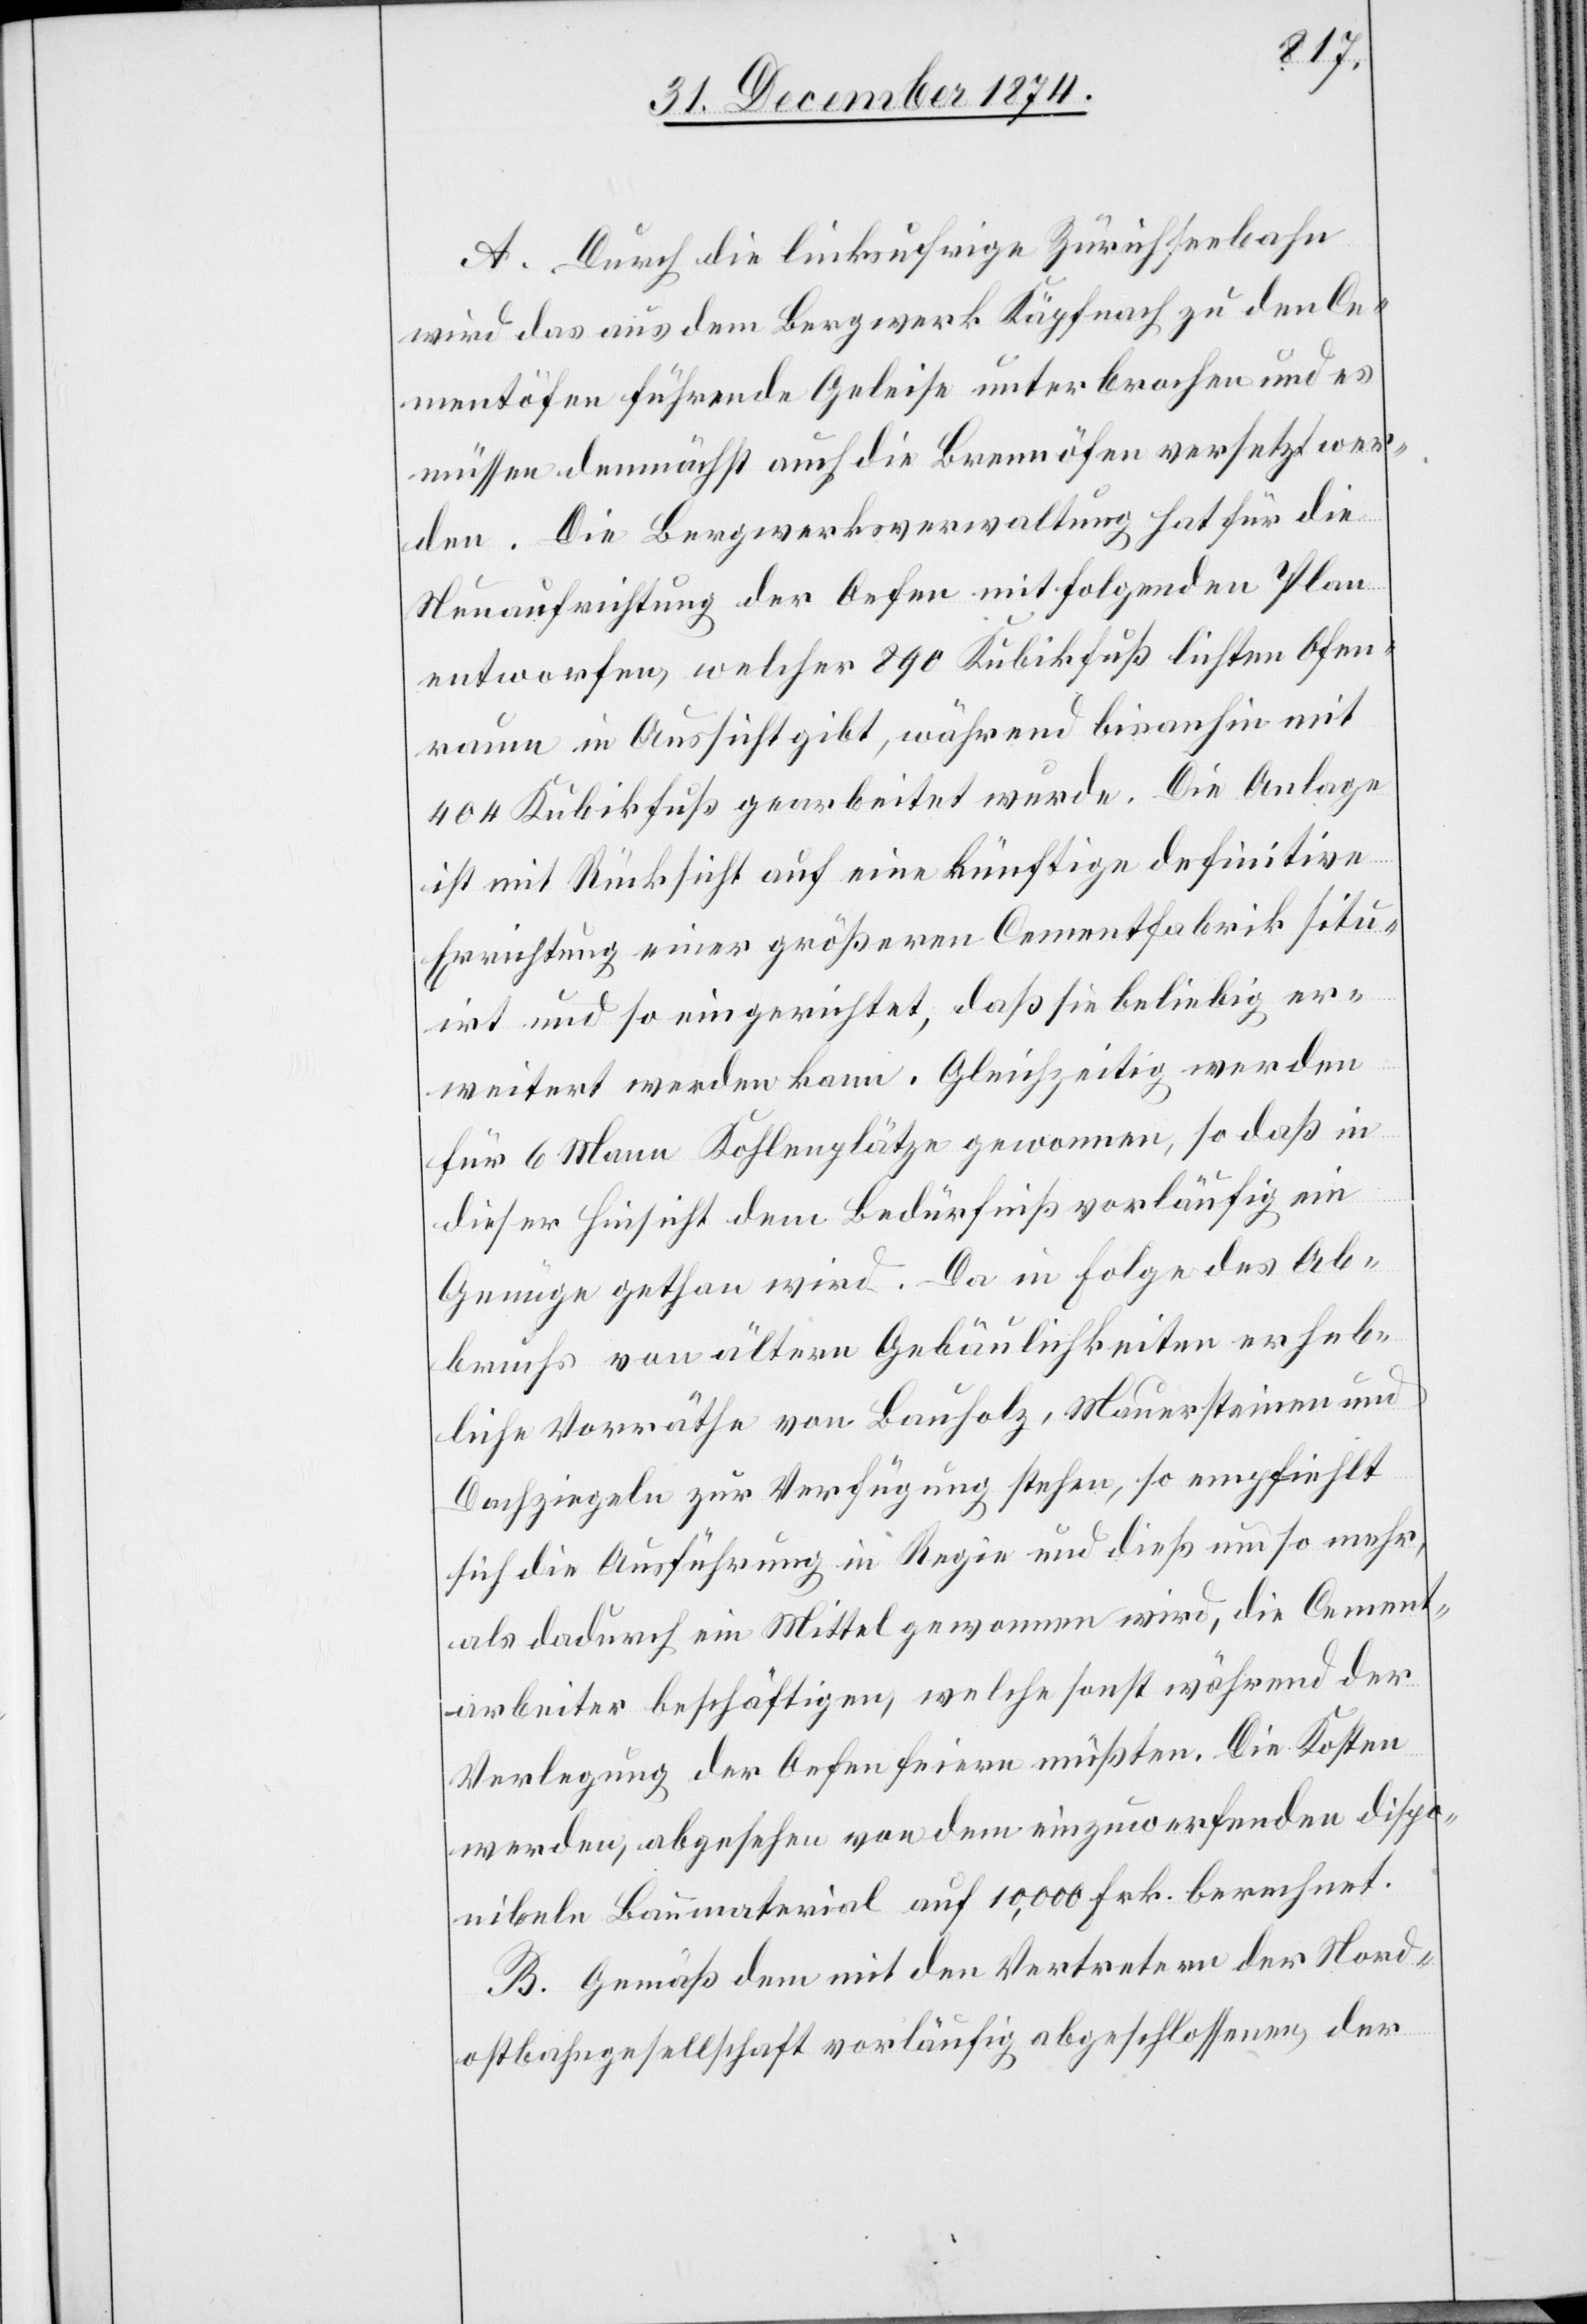
A. Durch die linksufrige Zürichseebahn
wird das aus dem Bergwerk Käpfnach zu den Ce¬
mentöfen führende Geleise unterbrochen und es
müssen demnächst auch die Brennöfen versetzt wer¬
den. Die Bergwerksverwaltung hat für die
Neuaufrichtung der Oefen mit folgenden Plan
entworfen, welcher 890 Kubikfuß lichten Ofen¬
raum in Aussicht gibt, während bisanhin mit
404 Kubikfuß gearbeitet wurde. Die Anlage
ist mit Rücksicht auf eine künftige definitive
Errichtung einer größeren Cementfabrik situ¬
irt und so eingerichtet, daß sie beliebig er¬
weitert werden kann. Gleichzeitig werden
für 6 Mann Kohlenplätze gewonnen, so daß in
dieser Hinsicht dem Bedürfniß vorläufig ein
Genüge gethan wird. Da in Folge des Ab¬
bruchs von ältern Gebäulichkeiten erheb¬
liche Vorräthe von Bauholz, Mauersteinen und
Dachziegeln zur Verfügung stehen, so empfiehlt
sich die Ausführung in Regie und dieß umso mehr,
als dadurch ein Mittel gewonnen wird, die Cement¬
arbeiter [zu] beschäftigen, welche sonst während der
Verlegung der Oefen feiern [sic!] müßten. Die Kosten
werden, abgesehen von dem einzuwerfenden dispo¬
nibeln Baumaterial auf 10,000 Frk. berechnet.
B. Gemäß dem mit den Vertretern der Nord¬
ostbahngesellschaft vorläufig abgeschlossenen, der